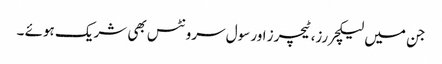
جن میں لیکچررز،ٹیچرز اور سول سرونٹس بھی شریک ہوئے ۔